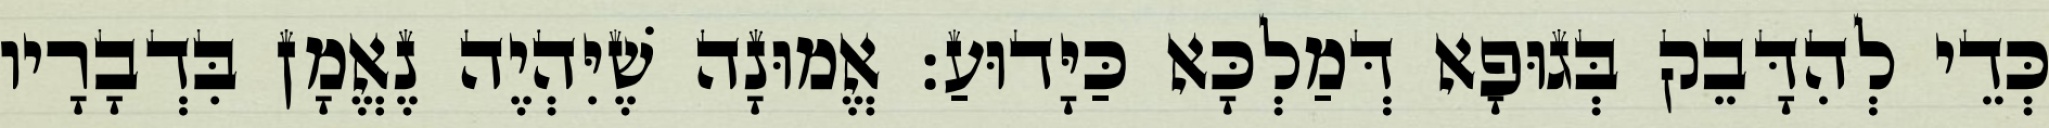
כְּדֵי לְהִדָּבֵק בְּגוּפָא דְּמַלְכָּא כַּיָּדוּעַ: אֱמוּנָה שֶׁיִּהְיֶה נֶאֱמָן בִּדְבָרָיו